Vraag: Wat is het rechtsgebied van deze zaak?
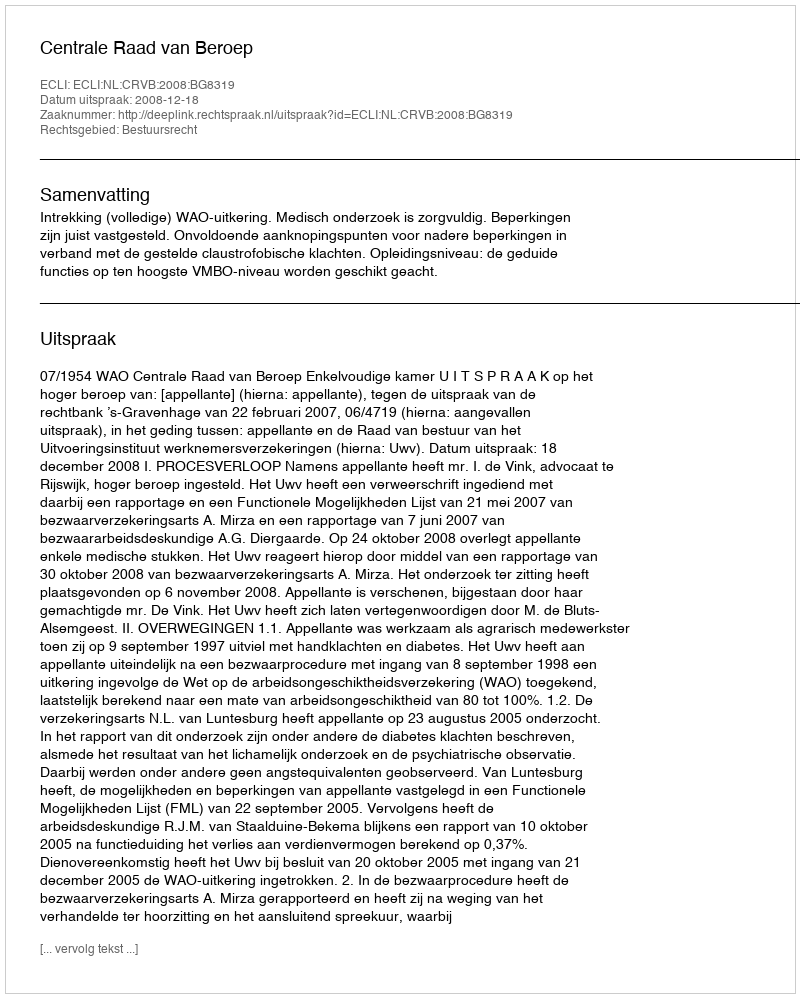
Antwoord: Bestuursrecht